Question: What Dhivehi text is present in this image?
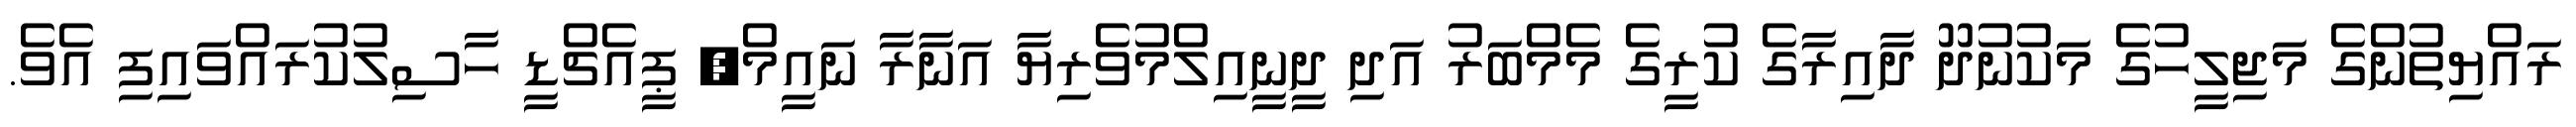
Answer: ރައްޔިތުންގެ މަޖިލީހުގެ މަކުނުދޫ ދާއިރާގެ ކުރީގެ މެމްބަރު އަދި ދީނީއިލްމުވެރިޔާ އަނާރާ ނައީމް, ޕީއެޗްޑީ ހާސިލުކުރައްވައިފި އެވެ.